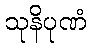
သုနိပုဏံ